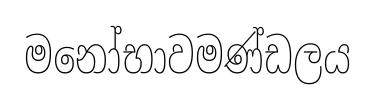
මනෝභාවමණ්ඩලය